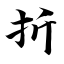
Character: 折